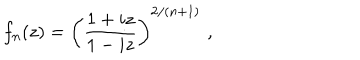
LaTeX: f _ { n } ( z ) = \left( \frac { 1 + i z } { 1 - i z } \right) ^ { 2 / \left( n + 1 \right) } \, \, ,